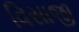
વિસાજી